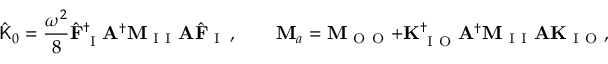
\hat { \mathsf { K } } _ { 0 } = \frac { \omega ^ { 2 } } { 8 } \hat { \mathbf { F } } _ { \mathrm { ~ I ~ } } ^ { \dagger } \mathbf { A } ^ { \dagger } \mathbf { M } _ { \mathrm { ~ I ~ I ~ } } \mathbf { A } \hat { \mathbf { F } } _ { \mathrm { ~ I ~ } } \, , \qquad \mathbf { M } _ { a } = \mathbf { M } _ { \mathrm { ~ O ~ O ~ } } + \mathbf { K } _ { \mathrm { ~ I ~ O ~ } } ^ { \dagger } \mathbf { A } ^ { \dagger } \mathbf { M } _ { \mathrm { ~ I ~ I ~ } } \mathbf { A } \mathbf { K } _ { \mathrm { ~ I ~ O ~ } } , \qquad \mathbf { F } _ { a } = \omega ^ { 2 } \mathbf { K } _ { \mathrm { ~ I ~ O ~ } } ^ { \dagger } \mathbf { A } ^ { \dagger } \mathbf { M } _ { \mathrm { ~ I ~ I ~ } } \mathbf { A } \mathbf { F } _ { \mathrm { ~ I ~ } } \, .